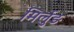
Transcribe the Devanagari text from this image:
मिर्लुङ